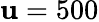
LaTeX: \mathbf{u}=500